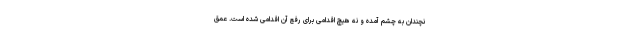
نچندان به چشم آمده و نه هیچ اقدامی برای رفع آن اقدامی شده است. عمق